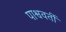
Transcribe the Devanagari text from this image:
पाश्ववर्ती